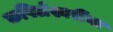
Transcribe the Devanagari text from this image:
कपिलेश्वरींना